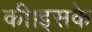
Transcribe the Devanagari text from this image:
की।इसके